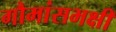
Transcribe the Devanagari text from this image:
गौमांसभक्षी